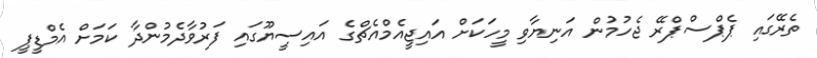
ތެރޭގައި ޕެޕްސްޕްރޭ ޖެހުމުން އަނިޔާވި މީހަކަށް އައިޖީއެމްއެޗްގެ އައިސީޔޫގައި ފަރުވާދެމުންދާ ކަމަށް އެމްޑީޕީ